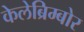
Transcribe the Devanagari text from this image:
केलेब्रिम्बोर